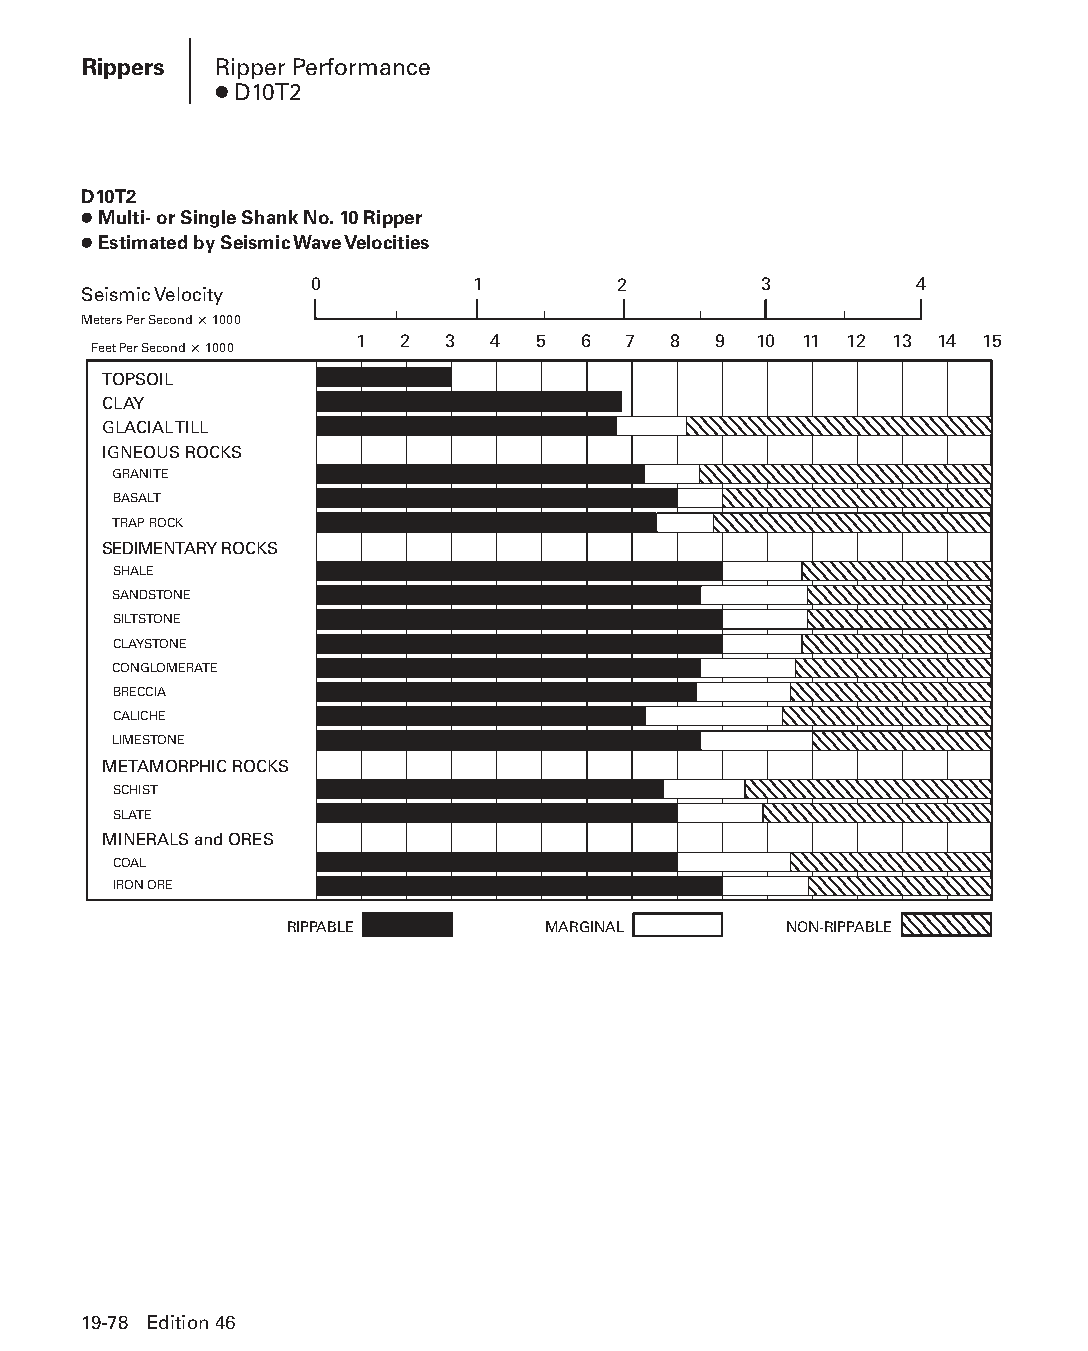
Rippers  Ripper Performance
 ● D10T2
 D10T2
 ● Multi- or Single Shank No. 10 Ripper
 ● Estimated by Seismic Wave Velocities
 0          1        2         3         4
 Seismic Velocity
 Meters Per Second × 1000
 1111111 2 3 4 5 6 7  8  9 10 11 12 13 14 15
 Feet Per Second × 1000
 TOPSOIL
 CLAY
 GLACIAL TILL
 IGNEOUS ROCKS
 GRANITE
 BASALT
 TRAP ROCK
 SEDIMENTARY ROCKS
 SHALE
 SANDSTONE
 SILTSTONE
 CLAYSTONE
 CONGLOMERATE
 BRECCIA
 CALICHE
 LIMESTONE
 METAMORPHIC ROCKS
 SCHIST
 SLATE
 MINERALS and ORES
 COAL
 IRON ORE
 RIPPABLE         MARGINAL        NON-RIPPABLE
 19-78 Edition 46
 PPHHBB--SSeecc1199--TTTTTT--44--RRiippppeerrss((ppgg5599--8822))..iinndddd 7788 1122//44//1155 1111::0000 AAMM